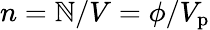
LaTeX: n=\mathbb{N}/V=\phi/V_{\mathrm{{p}}}